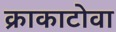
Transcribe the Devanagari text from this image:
क्राकाटोवा